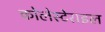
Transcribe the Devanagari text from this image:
कोलेस्टेराइल